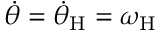
\Dot { \theta } = \Dot { \theta } _ { \mathrm { H } } = \omega _ { \mathrm { H } }